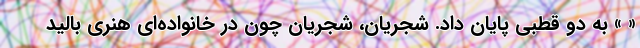
« » به دو قطبی پایان داد. شجریان، شجریان چون در خانواده‌ای هنری بالید